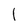
Character: 1